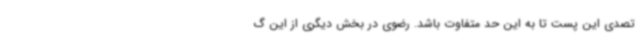
تصدی این پست تا به این حد متفاوت باشد. رضوی در بخش دیگری از این گ